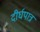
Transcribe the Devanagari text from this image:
दीर्घपात्र